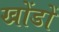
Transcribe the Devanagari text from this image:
खोंडों